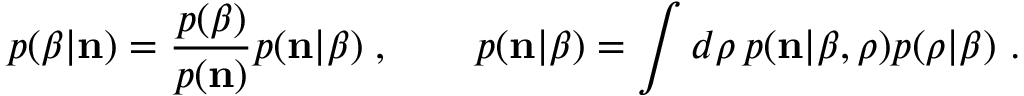
p ( \beta | { \bf n } ) = \frac { p ( \beta ) } { p ( { \bf n } ) } p ( { \bf n } | \beta ) \; , \qquad p ( { \bf n } | \beta ) = \int d \boldsymbol { \rho } \, p ( { \bf n } | \beta , \boldsymbol { \rho } ) p ( \boldsymbol { \rho } | \beta ) ~ .